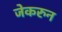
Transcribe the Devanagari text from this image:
जेकरुन